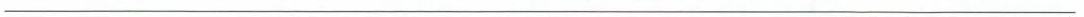
___